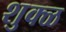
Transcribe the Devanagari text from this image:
शुक्ळ